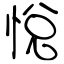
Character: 悅